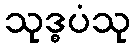
သုဒ္ဓပံသု